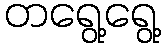
တရွေ့ရွေ့